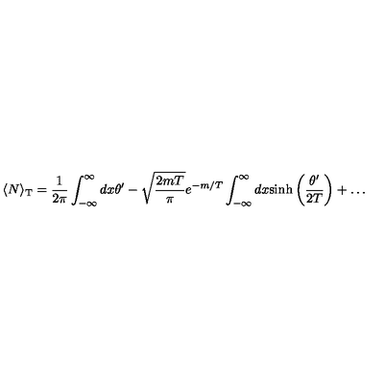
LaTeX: \langle N \rangle _ { \mathrm { T } } = \frac { 1 } { 2 \pi } \int _ { - \infty } ^ { \infty } d x \theta ^ { \prime } - \sqrt { \frac { 2 m T } { \pi } } e ^ { - m / T } \int _ { - \infty } ^ { \infty } d x \mathrm { s i n h } \left( \frac { \theta ^ { \prime } } { 2 T } \right) + \dots